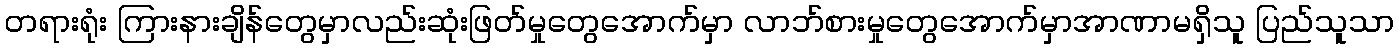
တရားရုံး ကြားနားချိန်တွေမှာလည်းဆုံးဖြတ်မှုတွေအောက်မှာ လာဘ်စားမှုတွေအောက်မှာအာဏာမရှိသူ ပြည်သူသာ